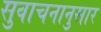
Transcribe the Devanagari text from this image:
सुवाचनानुसार